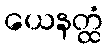
ယေနတ္ထံ